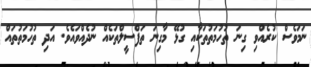
ނަމަވެސް ކުރެއްވި ގިނަ ތުހުމަތުތަކާއި ގުޅޭ މާގިނަ ތަފްސީލްތަކެއް ނުދެއްވައެވެ. އަދި ތުހުމަތުތައް